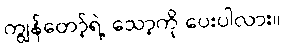
ကျွန်တော့်ရဲ့ သော့ကို ပေးပါလား။